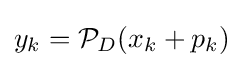
y_{k}={\mathcal {P}}_{D}(x_{k}+p_{k})